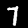
Label: 7